Civil Veterinary Department. Madras. Admin. report 1926-33 - 1926-1933
Year: 1926
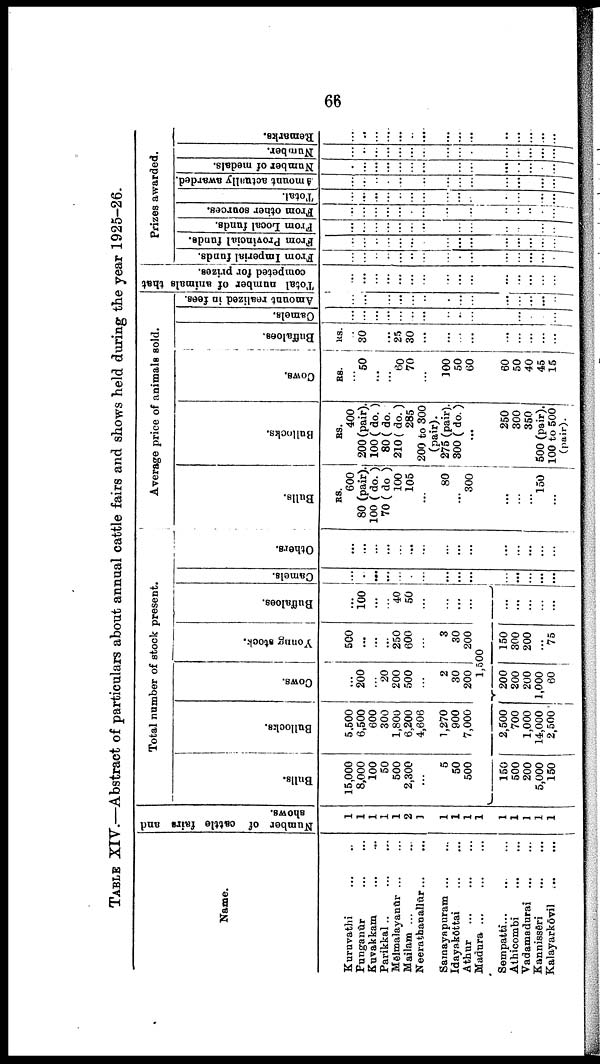
66
TABLE XIV.—Abstract of particulars about annual cattle fairs and shows held during the year 1925-26.
Name.
Kuruvathi
...
..
Punganūr ... ...
Kuvakkam
...
...
Parikkal..
...
...
Mēlmalayanūr ... ...
Mailam ... ...
Neerathanallūr ... ...
Samayapuram
...
...
Idayakōttai
...
...
Athur
...
...
...
Madura
...
...
...
Sempatti ... ... ...
Athicombi
...
...
Vadamadurai
...
...
Kannisseri
...
...
Kalayarkōvil
...
...
Number of cattle fairs and
shows.
1
1
1
1
1
2
1
1
1
1
1
1
1
1
1
1
Total number of stock present.
Bulls.
15,000
8,000
100
50
500
2,300
...
5
50
500
150
500
200
5,000
150
Bullocks.
5.500
6,500
600
300
1,800
6,200
4,606
1,270
900
7,000
2,500
700
1,000
14,000
2,500
Cows.
...
200
...
20
200
500
...
2
30
200
Young stock.
500
...
...
...
250
600
...
3
30
200
1,500
200
200
200
1,000
60
150
300
200
...
75
Buffaloes.
...
100
...
...
40
50
...
...
...
...
...
...
...
...
Camels.
...
...
...
...
...
...
...
...
...
...
...
...
...
...
Others.
...
...
...
...
...
...
...
...
...
...
...
...
...
...
...
Average price of animals sold.
Bulls.
RS.
600
80 (pair).
100 (do.)
70 (do)
100
105
...
80
... 300
...
...
...
150
...
Bollocks.
RS.
400
200 (pair).
100 (do.)
80 (do.
210 (do.)
285
200 to 300
(pair).
275 (pair).
300 (do.)
...
250
300
350
500 (pair).
100 to 500
(pair).
Cows.
RS.
...
50
...
...
60
70
...
100
50
60
60
50
40
45
15
Buffaloes.
RS.
...
30
...
...
25
30
...
...
...
...
...
...
...
...
Camels.
...
...
...
...
...
...
...
...
...
...
...
...
...
...
Amount realized in fees.
...
...
...
...
...
...
.
...
...
...
...
...
...
...
Total number of animals that
competed for prizes.
...
...
...
...
...
...
...
...
...
...
...
...
...
...
Prizes awarded.
From Imperial funds.
...
...
...
...
...
..
...
...
...
...
...
...
...
...
From Provincial funds.
...
...
...
...
...
...
...
...
...
...
...
...
...
...
From Local funds.
...
...
...
...
...
...
...
...
...
...
...
...
...
...
From other sources.
...
...
...
...
...
...
...
...
...
...
...
..
...
...
Total.
...
...
...
...
...
...
...
...
...
...
...
...
...
...
Amount
actually awarded.
...
...
...
...
...
...
...
...
...
...
...
...
...
...
Number of medals.
...
...
...
...
...
...
...
...
...
...
...
...
...
...
Number.
...
...
...
...
...
...
...
...
...
...
...
...
...
...
Remarks.
...
...
...
...
...
...
...
...
...
...
...
...
...
...